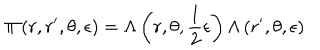
\Pi \left( r , r ^ { \prime } , \theta , \epsilon \right) = \Lambda \left( r , \theta , \frac { 1 } { 2 } \epsilon \right) \Lambda \left( r ^ { \prime } , \theta , \epsilon \right)